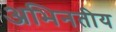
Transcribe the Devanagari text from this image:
अभिनतीय